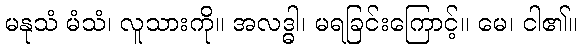
မနုသံ မံသံ၊ လူသားကို။ အလဒ္ဓါ၊ မရခြင်းကြောင့်။ မေ၊ ငါ၏။